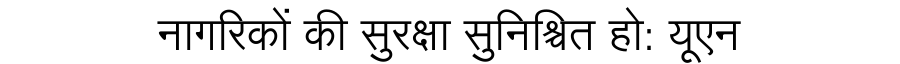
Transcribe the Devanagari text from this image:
नागरिकों की सुरक्षा सुनिश्चित हो: यूएन